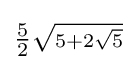
\scriptstyle {\tfrac {5}{2}}{\sqrt {5+2{\sqrt {5}}}}